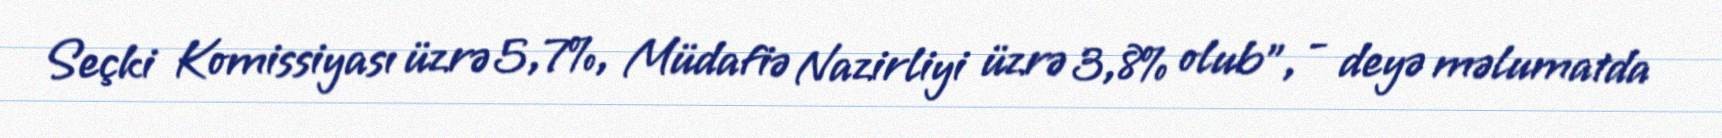
Seçki Komissiyası üzrə 5,7%, Müdafiə Nazirliyi üzrə 3,8% olub”, - deyə məlumatda